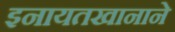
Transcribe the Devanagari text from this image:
इनायतखानाने